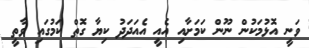
ވަނީ އޮޅުމަކުން ނޫން ކަމަށާއި އެއީ އެއަދަދު ކިޔާ ގޮތް ކަމުގައި ވާތީ